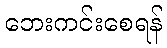
ဘေးကင်းစေရန်